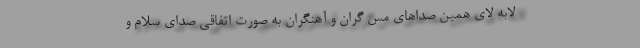
لابه لای همین صداهای مس گران و آهنگران به صورت اتفاقی صدای سلام و